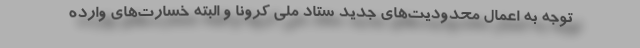
توجه به اعمال محدودیت‌های جدید ستاد ملی کرونا و البته خسارت‌های وارده